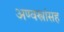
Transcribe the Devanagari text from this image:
अण्वस्त्रांसह